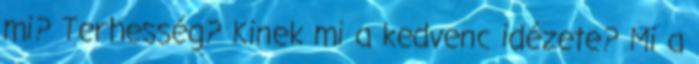
mi? Terhesség? Kinek mi a kedvenc idézete? Mi a